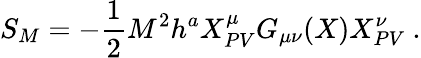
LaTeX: S_{M}=-\frac{1}{2}M^{2}h^{a}X_{PV}^{\mu}G_{\mu\nu}(X)X_{PV}^{\nu}\ .